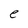
Character: e